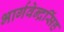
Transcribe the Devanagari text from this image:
भार्गवेन्द्रसिंह